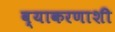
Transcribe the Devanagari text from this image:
व्याकरणाशी